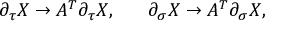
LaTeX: \partial _ { \tau } X \to A ^ { T } \partial _ { \tau } X , \ \ \ \ \ \partial _ { \sigma } X \to A ^ { T } \partial _ { \sigma } X ,